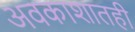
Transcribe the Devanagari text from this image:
अवकाशातही